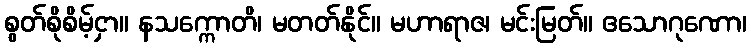
စွတ်စိုစိမ့်ငှာ။ နသက္ကောတိ၊ မတတ်နိုင်။ မဟာရာဇ၊ မင်းမြတ်။ ဧသောဂုဏော၊